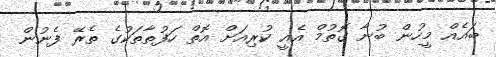
ބައެއް މީހުން ބުނާ ގޮތުމް އެއީ ކުރިއަށް އޮތް ހަފުތާތަކުގެ ތެރޭ ފެނުން